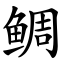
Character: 鲷